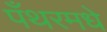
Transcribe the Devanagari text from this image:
पँथरमधे